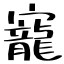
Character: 寵